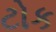
ટોક